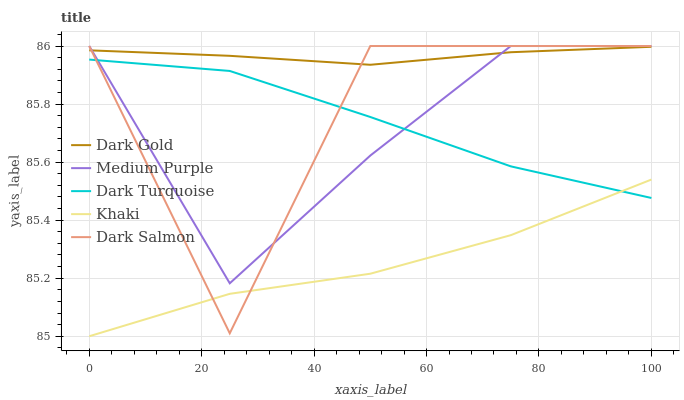
| xaxis_label | Dark Gold | Medium Purple | Dark Turquoise | Khaki | Dark Salmon |
 | --- | --- | --- | --- | --- | --- |
 | 0 | 86 | 86 | 86 | 85 | 86 |
 | 25 | 86 | 85.2 | 85.9 | 85.1 | 85 |
 | 50 | 85.9 | 85.6 | 85.8 | 85.2 | 86 |
 | 75 | 86 | 86 | 85.6 | 85.3 | 86 |
 | 100 | 86 | 86 | 85.5 | 85.5 | 86 |